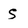
Character: S